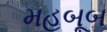
મહબૂબ